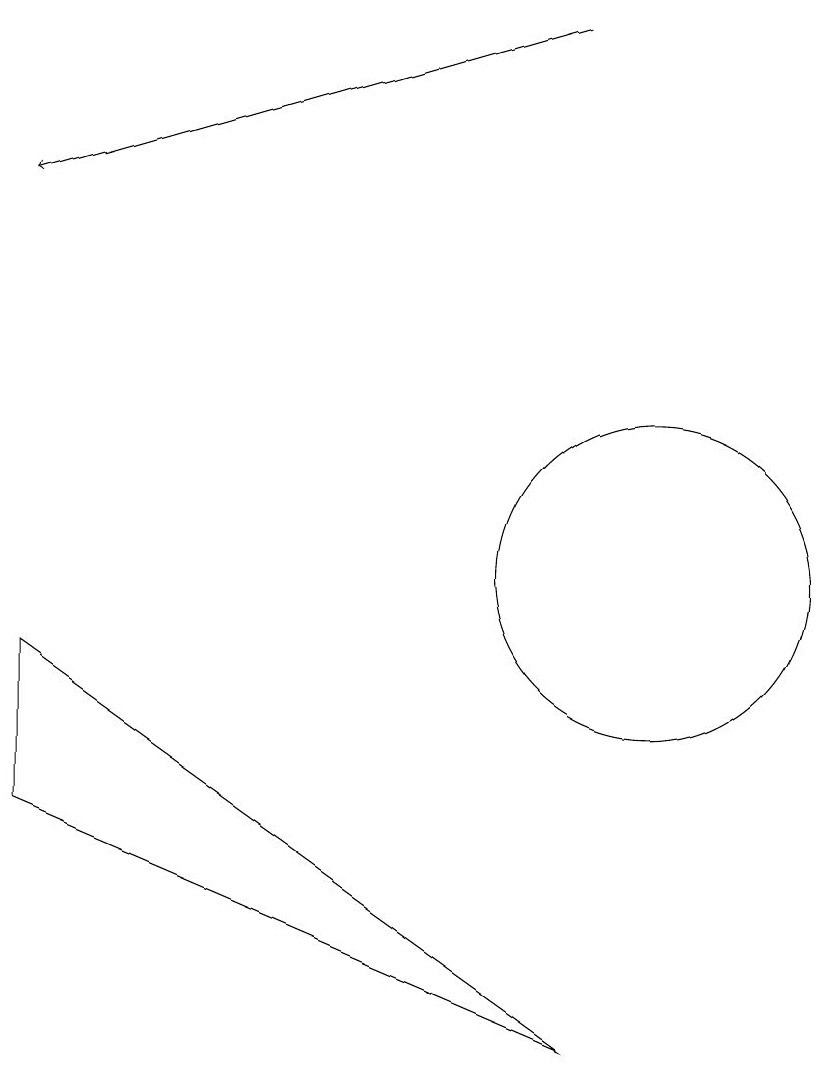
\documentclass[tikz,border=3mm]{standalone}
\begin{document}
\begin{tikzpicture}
\draw[->] (9,17) -- (2,15);
\draw (2,7) -- (9,4) -- (2,9) -- cycle;
\draw (10,10) circle (2);
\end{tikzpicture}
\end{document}